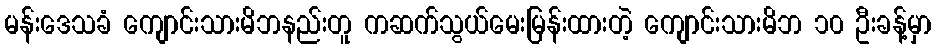
မန်းဒေသခံ ကျောင်းသားမိဘနည်းတူ ကဆက်သွယ်မေးမြန်းထားတဲ့ ကျောင်းသားမိဘ ၁၀ ဦးခန့်မှာ